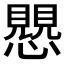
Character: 𧢅